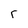
Character: r